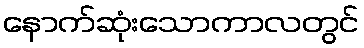
နောက်ဆုံးသောကာလတွင်